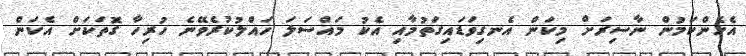
އެހެންކަމުން ނާސިރަށް މިކަން އެނގިވަޑައިގަތުމާއި އެކު މައްސަލަ ހައްލުކުރެވޭނެ ހުރިހާ ގޮތަކަށް އެކަން